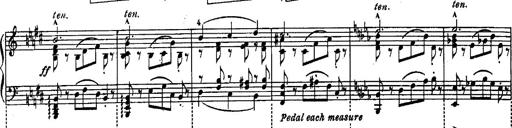
Title: Schubert's Impromptus [revised and edited by Franz Liszt]
Composer: Franz Liszt